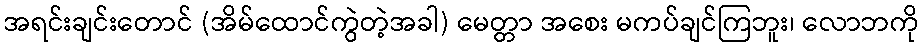
အရင်းချင်းတောင် (အိမ်ထောင်ကွဲတဲ့အခါ) မေတ္တာ အစေး မကပ်ချင်ကြဘူး၊ လောဘကို